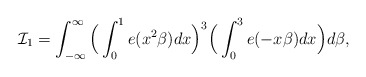
\begin{align*}\mathcal{I}_1=\int_{-\infty}^{\infty}\Big(\int_0^1e(x^2\beta)dx\Big)^3\Big(\int_0^3e(-x\beta)dx\Big)d\beta,\end{align*}